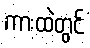
ကားထဲတွင်